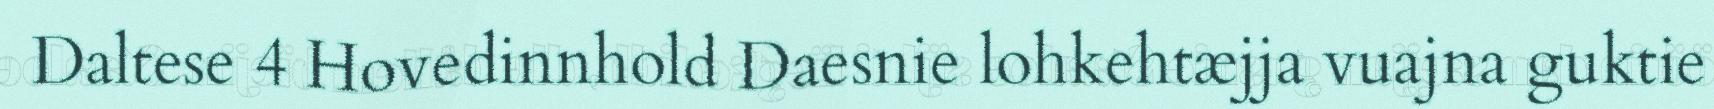
Daltese 4 Hovedinnhold Daesnie lohkehtæjja vuajna guktie